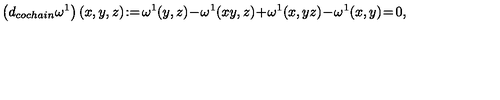
\left( d _ { c o c h a i n } \omega ^ { 1 } \right) ( x , y , z ) \! : = \! \omega ^ { 1 } ( y , z ) \! - \! \omega ^ { 1 } ( x y , z ) \! + \! \omega ^ { 1 } ( x , y z ) \! - \! \omega ^ { 1 } ( x , y ) \! = \! 0 ,